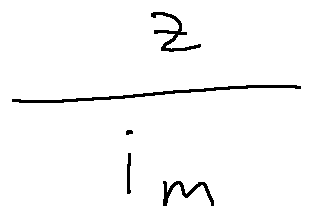
\frac { z } { i _ { m } }